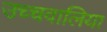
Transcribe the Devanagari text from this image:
उच्चवालिया